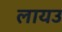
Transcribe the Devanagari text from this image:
लायउ